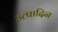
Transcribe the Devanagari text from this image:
उत्पादिन